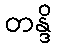
တန္ဒိ